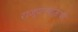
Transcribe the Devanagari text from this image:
राज्यपदासाठी